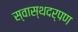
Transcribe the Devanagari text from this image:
स्वास्थदर्पण